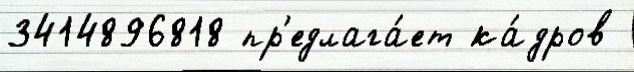
3414896818 пр'едлага́ет ка́дров